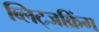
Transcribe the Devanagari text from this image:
ब्लिट्जक्रिंग